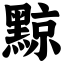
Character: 黥